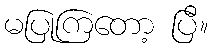
မပြုကြတော့ ပြီ။